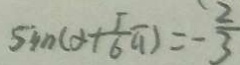
\sin ( \alpha + \frac { 5 } { 6 } \pi ) = - \frac { 2 } { 3 }